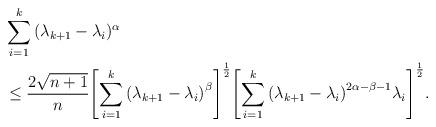
LaTeX: \begin{align*}&\sum\limits_{i = 1}^k {({\lambda _{k + 1}} - {\lambda _i}} {)^\alpha }\\&\le \frac{{2\sqrt {n + 1} }}{n}{\left[ {\sum\limits_{i = 1}^k{{{({\lambda _{k + 1}} - {\lambda _i})}^\beta }} }\right]^{\frac{1}{2}}}{\left[ {\sum\limits_{i = 1}^k {{{({\lambda_{k + 1}} - {\lambda _i})}^{2\alpha - \beta - 1}}{\lambda _i}} }\right]^{\frac{1}{2}}}.\end{align*}